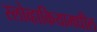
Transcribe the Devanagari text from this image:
स्लोव्हाकियामधील